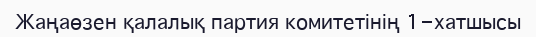
Жаңаөзен қалалық партия комитетінің 1-хатшысы